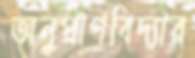
অনুপ্রাণবিদ্যার